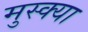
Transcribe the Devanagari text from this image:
मुस्क्या